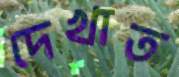
দেখাত